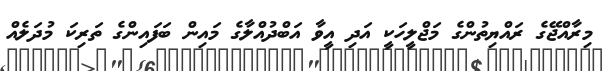
މިރާއްޖޭގެ ރައްޔިތުންގެ މަޖްލީހަކީ އަދި އީވާ އަބްދުއްލާގެ މައިން ބަފައިންގެ ތަރިކަ މުދަލެއް